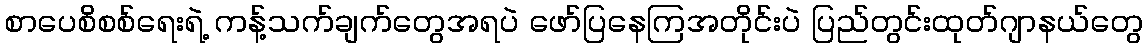
စာပေစိစစ်ရေးရဲ့ ကန့်သက်ချက်တွေအရပဲ ဖော်ပြနေကြအတိုင်းပဲ ပြည်တွင်းထုတ်ဂျာနယ်တွေ